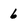
Character: 6